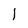
Character: I